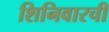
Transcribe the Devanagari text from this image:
शिनिवारची